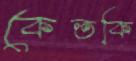
কেতকি